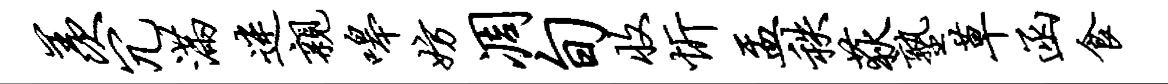
羡冗满迷亲嗥妨凋旬收忻盂秩荻塾草函食